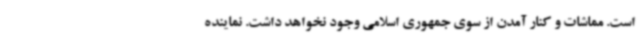
است. مماشات و کنار آمدن از سوی جمهوری اسلامی وجود نخواهد داشت. نماینده